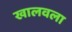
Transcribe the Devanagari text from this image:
खालवला